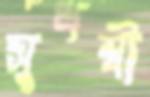
সুধম্বী